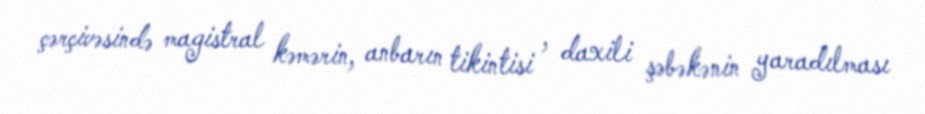
çərçivəsində magistral kəmərin, anbarın tikintisi , daxili şəbəkənin yaradılması